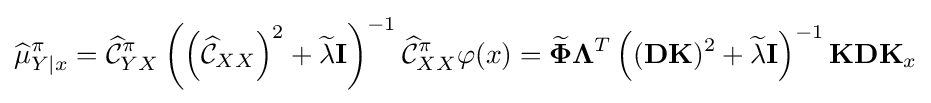
{\widehat {\mu }}_{Y\mid x}^{\pi }={\widehat {\mathcal {C}}}_{YX}^{\pi }\left(\left({\widehat {\mathcal {C}}}_{XX}\right)^{2}+{\widetilde {\lambda }}\mathbf {I} \right)^{-1}{\widehat {\mathcal {C}}}_{XX}^{\pi }\varphi (x)={\widetilde {\boldsymbol {\Phi }}}{\boldsymbol {\Lambda }}^{T}\left((\mathbf {D} \mathbf {K} )^{2}+{\widetilde {\lambda }}\mathbf {I} \right)^{-1}\mathbf {K} \mathbf {D} \mathbf {K} _{x}